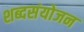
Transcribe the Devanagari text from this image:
शब्दसंयोजन